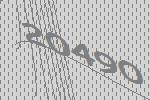
20490